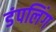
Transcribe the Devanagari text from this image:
डंपलिंग